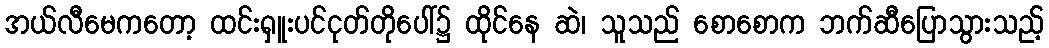
အယ်လီမေကတော့ ထင်းရှူးပင်ငုတ်တိုပေါ်၌ ထိုင်နေ ဆဲ၊ သူသည် စောစောက ဘက်ဆီပြောသွားသည့်